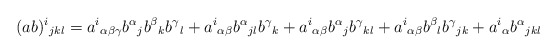
\begin{align*}(ab)^i{}_{jkl}&=a^i{}_{\alpha\beta\gamma}b^\alpha{}_jb^\beta{}_kb^\gamma{}_l+a^i{}_{\alpha\beta}b^\alpha{}_{jl}b^\gamma{}_k+a^i{}_{\alpha\beta}b^\alpha{}_jb^\gamma{}_{kl}+a^i{}_{\alpha\beta}b^\beta{}_lb^\gamma{}_{jk}+a^i{}_\alpha b^\alpha{}_{jkl}\end{align*}